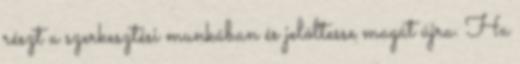
részt a szerkesztési munkában és jelöltesse magát újra. Ha